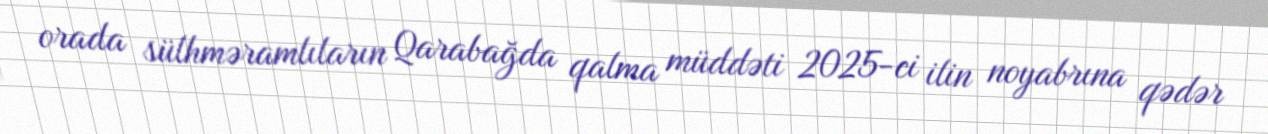
orada sülhməramlıların Qarabağda qalma müddəti 2025-ci ilin noyabrına qədər